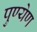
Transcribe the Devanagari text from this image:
पुण्येण